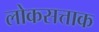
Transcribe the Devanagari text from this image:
लोकसत्ताक